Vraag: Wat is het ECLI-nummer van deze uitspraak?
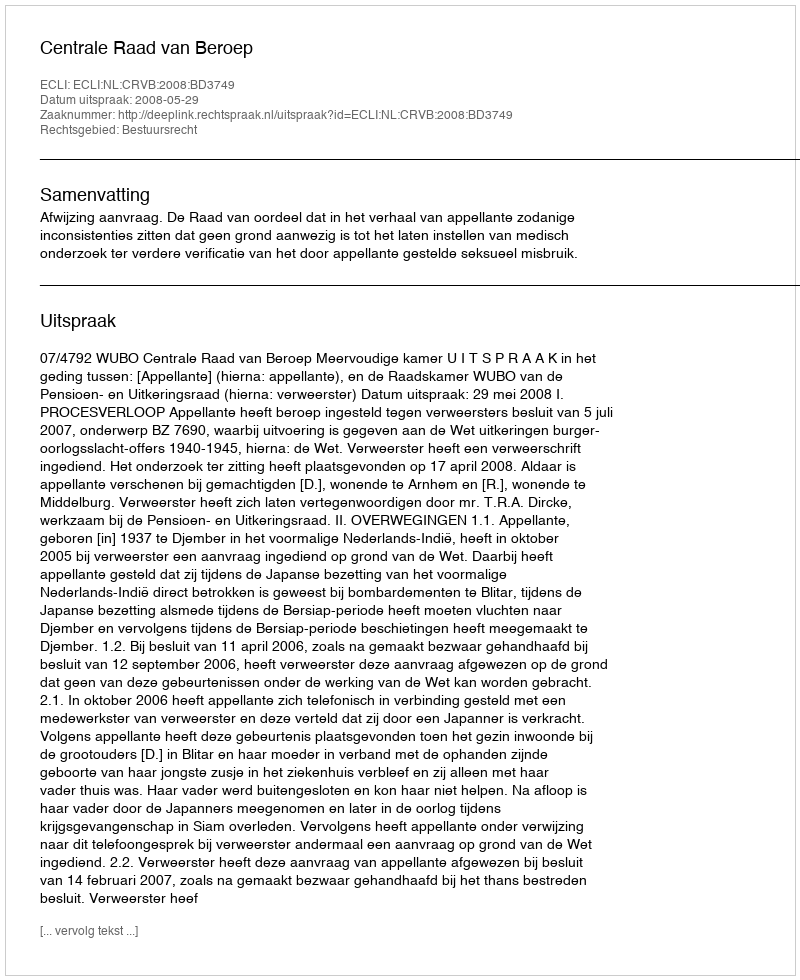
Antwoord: ECLI:NL:CRVB:2008:BD3749